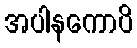
အပါနကောပိ